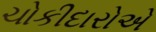
ચોકીદારોએ